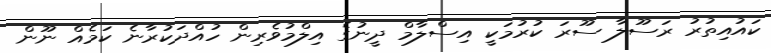
ކައުއިތުރު ރަސޫލާ ސޫރަ ކުރުމަކީ އިސްލާމް ދީނުގެ އިލްމުވެރިން ހުއްދަކުރާނެ ކަމެއް ނޫން